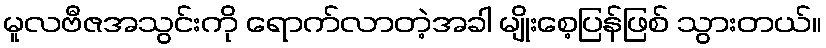
မူလဗီဇအသွင်းကို ရောက်လာတဲ့အခါ မျိုးစေ့ပြန်ဖြစ် သွားတယ်။